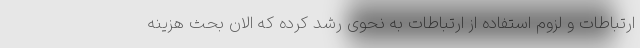
ارتباطات و لزوم استفاده از ارتباطات به نحوی رشد کرده که الان بحث هزینه